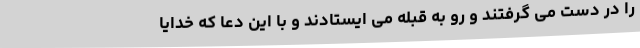
را در دست می گرفتند و رو به قبله می ایستادند و با این دعا که خدایا